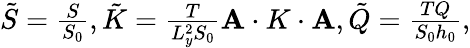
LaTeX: \begin{array}{r}{\tilde{S}=\frac{S}{S_{0}},\tilde{K}=\frac{T}{L_{y}^{2}S_{0}}\mathbf{A}\cdot K\cdot\mathbf{A},\tilde{Q}=\frac{TQ}{S_{0}h_{0}},}\end{array}